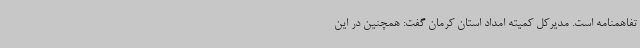
تفاهمنامه است. مدیرکل کمیته امداد استان کرمان گفت: همچنین در این